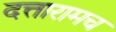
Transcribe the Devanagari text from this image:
दत्तारामच